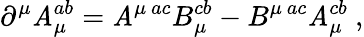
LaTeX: {\partial}^{\mu}\mathit{A}_{\mu}^{ab}=\mathit{A}^{\mu~ac}B_{\mu}^{cb}-B^{\mu~ac}\mathit{A}_{\mu}^{cb}~,